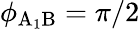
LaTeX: \phi_{\mathrm{A_{1}B}}=\pi/2